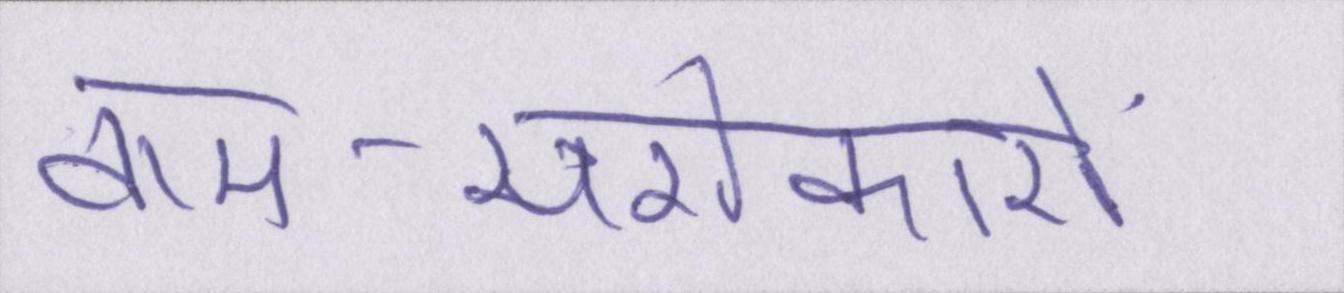
वाम-सरोकारों